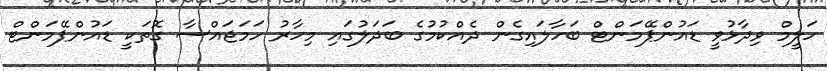
ހަލީމް ވިދާޅުވީ ޑައުންޕޭމަންޓް ބަހާލައިގެން ދެއްކުމުގެ ބަދަލުގައި މިހާރު ހަމަޖައްސާ ގޮތަކީ ޑައުންޕޭމަންޓް